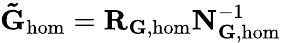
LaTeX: \mathbf{\tilde{G}}_{\mathrm{hom}}=\mathbf{R}_{\mathbf{G},\mathrm{hom}}\mathbf{N}_{\mathbf{G},\mathrm{hom}}^{-1}